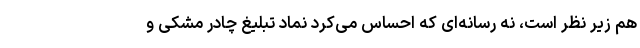
هم زیر نظر است، نه رسانه‌ای که احساس می‌کرد نماد تبلیغ چادر مشکی و